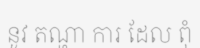
នូវ តណ្ហា ការ ដែល ពុំ